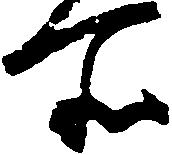
所